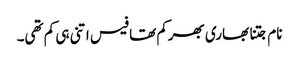
نام جتنا بھاری بھرکم تھا فیس اتنی ہی کم تھی۔